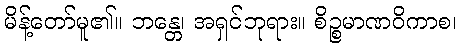
မိန့်တော်မူ၏။ ဘန္တေ၊ အရှင်ဘုရား။ စိဉ္စမာဏဝိကာစ၊